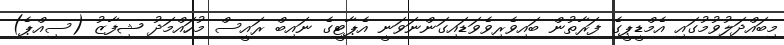
މިބައްދަލުވުމުގައި އެމްޑީޕީގެ ފަރާތުން ބައިވެރިވެވަޑައިގަންނަވަނީ އެޕާޓީގެ ނައިބް ރައީސް މުހައްމަދު ޝިފާޒު (ސިއްޕެ)